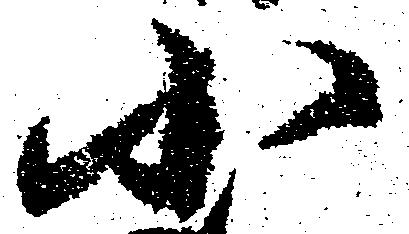
小